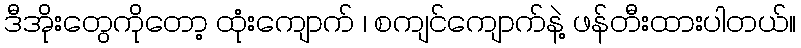
ဒီအိုးတွေကိုတော့ ထုံးကျောက် ၊ စကျင်ကျောက်နဲ့ ဖန်တီးထားပါတယ်။